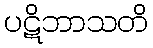
ပဋိဘာသတိ